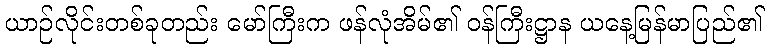
ယာဉ်လိုင်းတစ်ခုတည်း မော်ကြီးက ဖန်လုံအိမ်၏ ဝန်ကြီးဋ္ဌာန ယနေ့မြန်မာပြည်၏